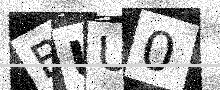
Text: BUU0